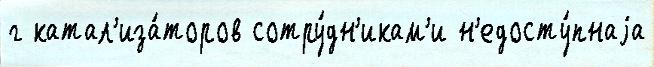
г катал'иза́торов сотру́дн'икам'и н'едосту́пнаjа